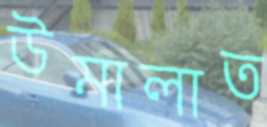
উমালাত